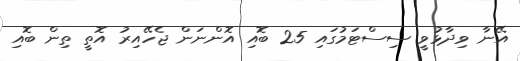
އޭނާ ވިދާޅުވީ ސިސްޓަމުގައި 25 ބޮއި އޮންނަން ޖެހޭއިރު އޮތީ ތިން ބޮއި